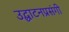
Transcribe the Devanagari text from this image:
उद्घाटनप्रसंगी